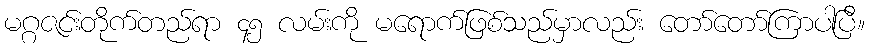
မဂ္ဂဇင်းတိုက်တည်ရာ ၄၅ လမ်းကို မရောက်ဖြစ်သည်မှာလည်း တော်တော်ကြာပါပြီ။